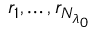
r _ { 1 } , \dots , r _ { N _ { \lambda _ { 0 } } }